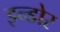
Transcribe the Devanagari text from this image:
इन्‍डोर